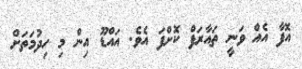
އޮފާ އެއް ވަނީ ތައާރަފް ކޮށްފަ އެވެ. އައްޑޫ އިން މި ހިދުމަތަށް